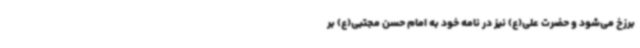
برزخ می‌شود و حضرت علی(ع) نیز در نامه خود به امام حسن مجتبی(ع) بر